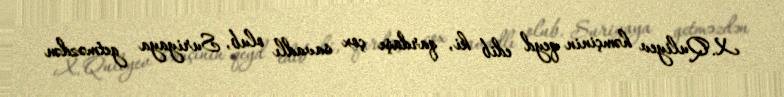
X. Quliyev həmçinin qeyd edib ki, qardaşı çox savadlı olub, Suriyaya getməzdən